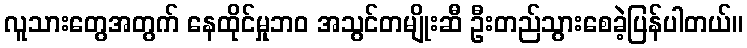
လူသားတွေအတွက် နေထိုင်မှုဘဝ အသွင်တမျိုးဆီ ဦးတည်သွားစေခဲ့ပြန်ပါတယ်။